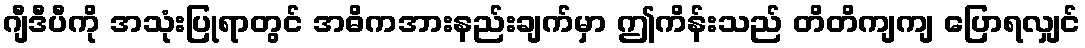
ဂျီဒီပီကို အသုံးပြုရာတွင် အဓိကအားနည်းချက်မှာ ဤကိန်းသည် တိတိကျကျ ပြောရလျှင်